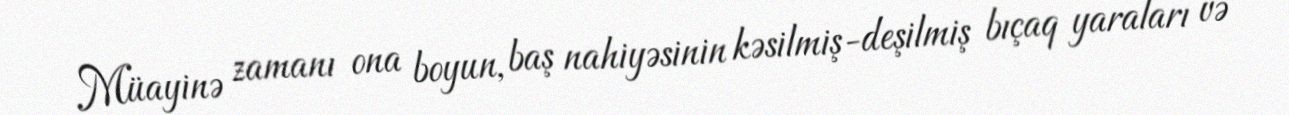
Müayinə zamanı ona boyun, baş nahiyəsinin kəsilmiş-deşilmiş bıçaq yaraları və